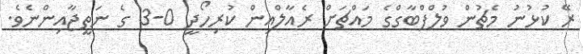
ރޭ ކުޅުނު މެޗުން ވުލްފްބާގްގެ މައްޗަށް ރެއާލްއިން ކުރިހޯދީ 0-3 ގެ ނަތީޖާއިންނެވެ.